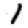
Digit: 1